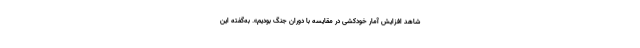
شاهد افزایش آمار خودکشی در مقایسه با دوران جنگ بودیم». به‌گفته این